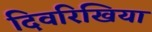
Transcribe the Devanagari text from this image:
दिवरिखिया